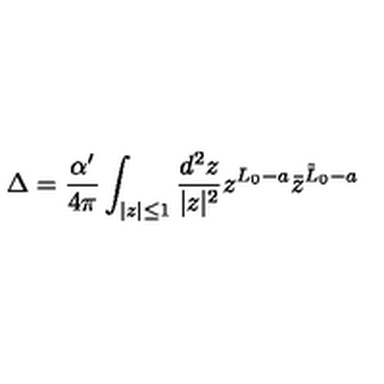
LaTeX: \Delta = { \frac { \alpha ^ { \prime } } { 4 \pi } } \int _ { | z | \leq 1 } { \frac { d ^ { 2 } z } { | z | ^ { 2 } } } z ^ { L _ { 0 } - a } \bar { z } ^ { \tilde { L } _ { 0 } - a }